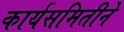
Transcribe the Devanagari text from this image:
कार्यसमितीने